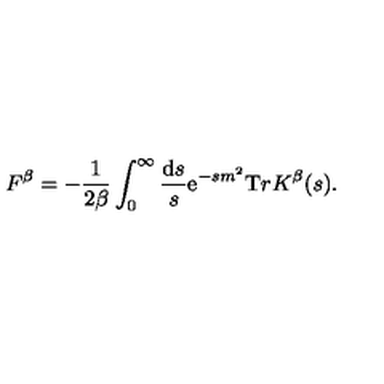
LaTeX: { F } ^ { \beta } = - \frac { 1 } { 2 \beta } \int _ { 0 } ^ { \infty } \frac { { \mathrm d } s } { s } { \mathrm e } ^ { - s m ^ { 2 } } { \mathrm T r } { K } ^ { \beta } ( s ) .